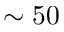
\sim 5 0